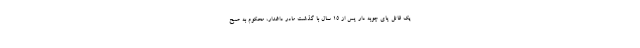
یک قاتل پای چوبه دار پس از ۱۵ سال با گذشت مادر داغدار، محکوم به صبح